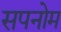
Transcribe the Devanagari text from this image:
सपनोम